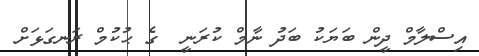
އިސްލާމް ދީން ބަޔަކު ބަދު ނާމް ކުރަނީ  ގެ ޙުކުމް ރަނގަޅަށް